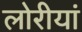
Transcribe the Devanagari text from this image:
लोरीयां